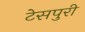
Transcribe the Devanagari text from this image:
टेसपुरी